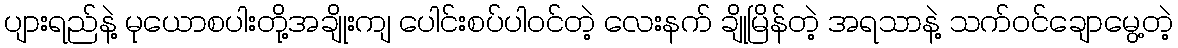
ပျားရည်နဲ့ မုယောစပါးတို့အချိုးကျ ပေါင်းစပ်ပါဝင်တဲ့ လေးနက် ချိုမြိန်တဲ့ အရသာနဲ့ သက်ဝင်ချောမွေ့တဲ့